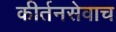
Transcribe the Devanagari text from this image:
कीर्तनसेवाच